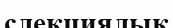
слекциялық